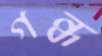
গন্ধ